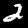
Digit: 2